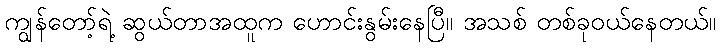
ကျွန်တော့်ရဲ့ ဆွယ်တာအထူက ဟောင်းနွမ်းနေပြီ။ အသစ် တစ်ခုဝယ်နေတယ်။